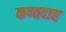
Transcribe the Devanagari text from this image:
कण्ठदाह